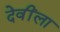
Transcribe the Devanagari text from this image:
देवींला